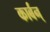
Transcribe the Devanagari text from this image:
कार्बन्